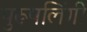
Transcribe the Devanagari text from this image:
पुरूषलिंगी